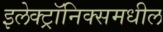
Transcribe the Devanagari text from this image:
इलेक्ट्रॉनिक्समधील